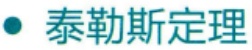
\cdot 泰勒斯定理